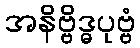
အနိဗ္ဗိဒ္ဓပုဗ္ဗံ